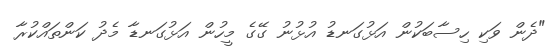
"ދެން ވަކި ހިސާބަކުން އަޅުގަނޑު އުޅުނު ގޭގެ މީހުން އަޅުގަނޑާ މެދު ކަންތައްކުރާ